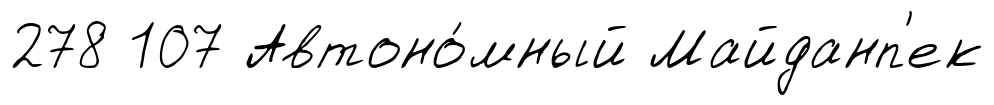
278 107 Автоно́мный Майданп'ек